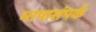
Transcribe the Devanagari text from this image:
भाषासंपर्क